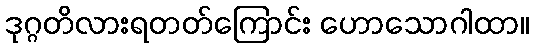
ဒုဂ္ဂတိလားရတတ်ကြောင်း ဟောသောဂါထာ။